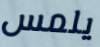
يلمس